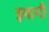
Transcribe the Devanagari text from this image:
इमागी